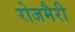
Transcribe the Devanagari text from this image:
रोजमैरी